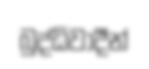
බුද්ධිවාදීන්